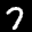
Label: 7